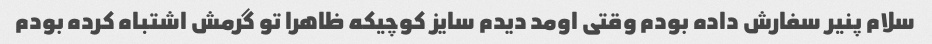
سلام پنیر سفارش داده بودم وقتی اومد دیدم سایز کوچیکه ظاهرا تو گرمش اشتباه کرده بودم